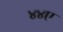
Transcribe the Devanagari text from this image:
४४ए